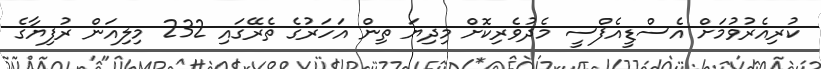
ކުރިއެރުވުމަށް އެސްޑީއެފްސީ މެދުވެރިކޮށް މިދިޔަ ތިން އަހަރުގެ ތެރޭގައި 232 މިލިއަން ރުފިޔާގެ